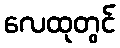
လေထုတွင်